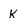
Character: k